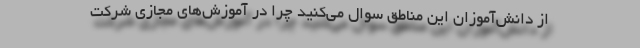
از دانش‌آموزان این مناطق سوال می‌کنید چرا در آموزش‌های مجازی شرکت